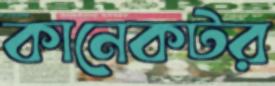
কানেকটর